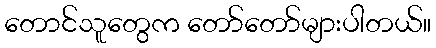
တောင်သူတွေက တော်တော်များပါတယ်။